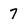
Character: 7